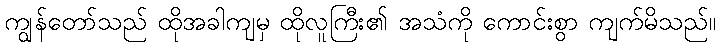
ကျွန်တော်သည် ထိုအခါကျမှ ထိုလူကြီး၏ အသံကို ကောင်းစွာ ကျက်မိသည်။